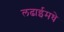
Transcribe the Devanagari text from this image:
लढाईमधे